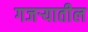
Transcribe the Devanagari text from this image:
गजर्‍यातील